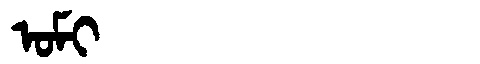
Manchu: ᠣᠮᡳ
Romanization: OMI